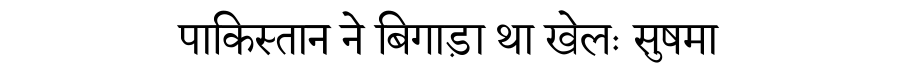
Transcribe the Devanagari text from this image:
पाकिस्तान ने बिगाड़ा था खेलः सुषमा